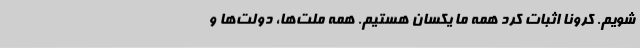
‌شویم‌. کرونا اثبات کرد همه ما یکسان هستیم. همه ملت‌ها، دولت‌ها و